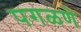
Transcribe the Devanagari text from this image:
पगळणे